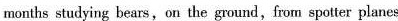
months studying bears, on the gound, frorm spotter planes